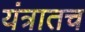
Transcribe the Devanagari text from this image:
यंत्रातच